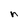
Character: n